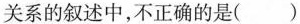
关系的叙述中，不正确的是( )